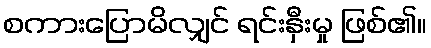
စကားပြောမိလျှင် ရင်းနှီးမှု ဖြစ်၏။